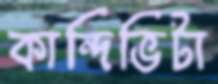
কান্দিভিটা